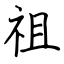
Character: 祖